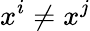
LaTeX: x^{i}\neq x^{j}